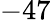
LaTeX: -47